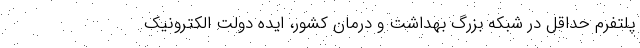
پلتفرم حداقل در شبکه بزرگ بهداشت و درمان کشور، ایده دولت الکترونیک